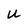
Character: U